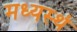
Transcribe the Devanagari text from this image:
मध्यस्थं